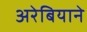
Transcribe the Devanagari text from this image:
अरेबियाने